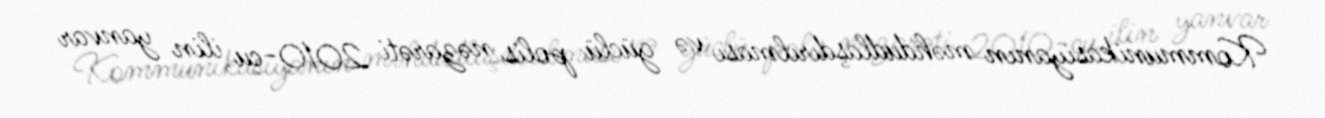
Kommunikasiyanın məhdudlaşdırılması və güclü polis nəzarəti 2010-cu ilin yanvar